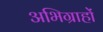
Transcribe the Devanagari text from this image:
अभिग्राहों